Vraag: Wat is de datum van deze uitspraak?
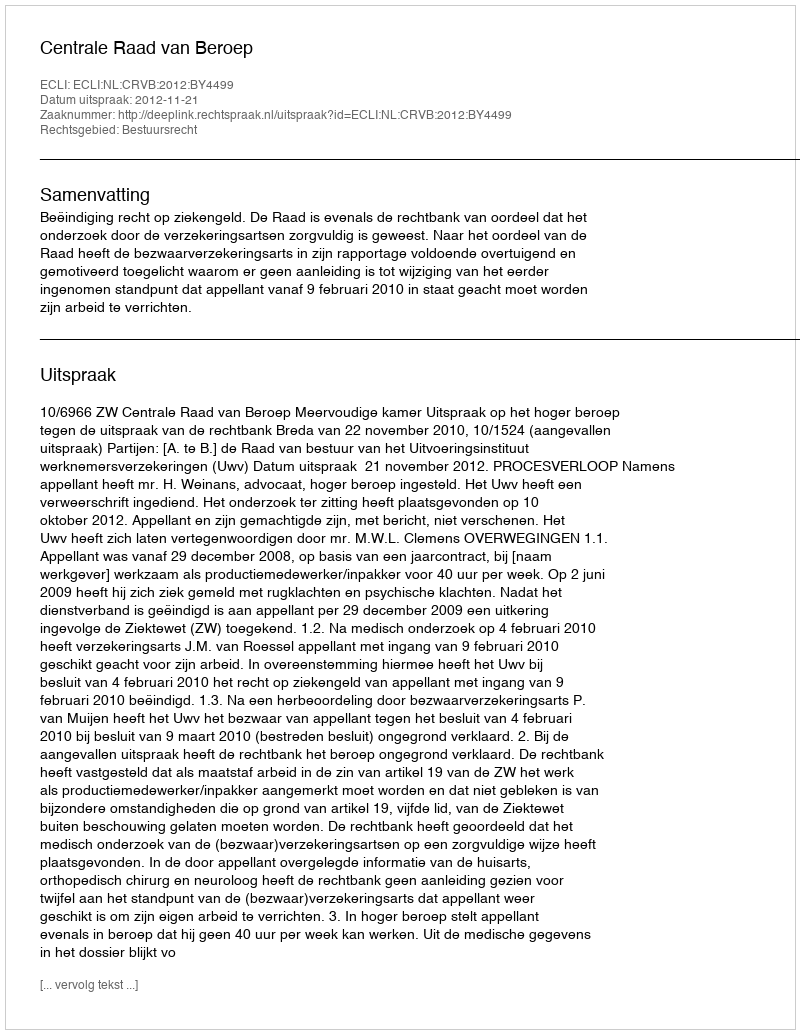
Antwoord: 2012-11-21